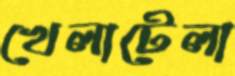
খেলাটেলা